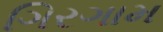
ગિરગામ